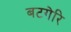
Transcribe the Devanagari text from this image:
बटगेरि